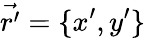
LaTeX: \vec{r^{\prime}}=\{ x^{\prime},y^{\prime}\}